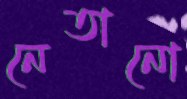
নেতানো